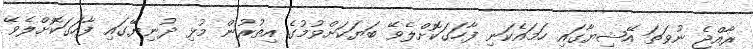
ރާއްޖެ ނުވަތަ އޭޝިޔާގައި ހަމައެކަނި ފާހަގަކޮށްލެވޭ ބަޔަކަށްވުމުގެ އިތުރުން މުޅި ދުނިޔޭގައި ފާހަގަކޮށްލެވޭ